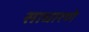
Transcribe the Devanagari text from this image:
साधारणे